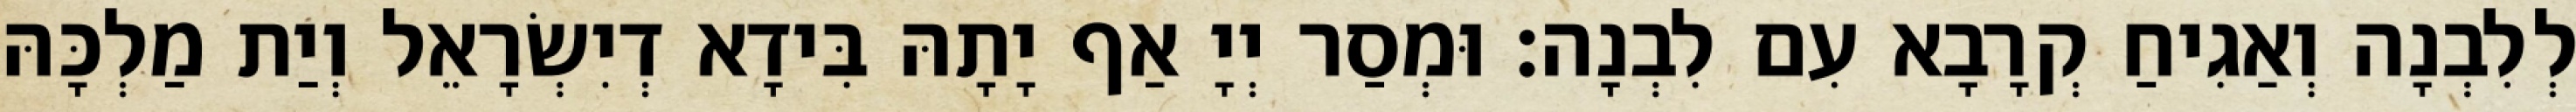
לְלִבְנָה וְאַגִיחַ קְרָבָא עִם לִבְנָה׃ וּמְסַר יְיָ אַף יָתָהּ בִּידָא דְיִשְׂרָאֵל וְיַת מַלְכָּהּ